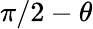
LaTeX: \pi/2-\theta